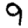
Digit: 9